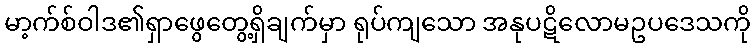
မာ့က်စ်ဝါဒ၏ရှာဖွေတွေ့ရှိချက်မှာ ရုပ်ကျသော အနုပဋိလောမဥပဒေသကို